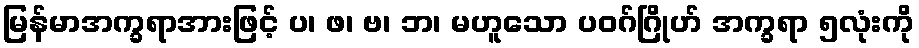
မြန်မာအက္ခရာအားဖြင့် ပ၊ ဖ၊ ဗ၊ ဘ၊ မဟူသော ပဝဂ်ဂြိုဟ် အက္ခရာ ၅လုံးကို